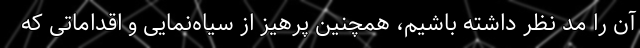
آن را مد نظر داشته باشیم، همچنین پرهیز از سیاه‌نمایی و اقداماتی که